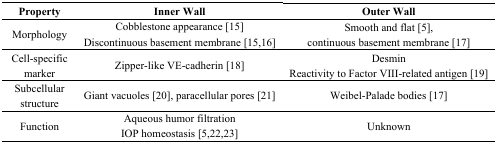
<table><thead><tr><td><b>Property</b></td><td><b>Inner Wall</b></td><td><b>Outer Wall</b></td></tr></thead><tbody><tr><td rowspan="2">Morphology</td><td>Cobblestone appearance [15]</td><td rowspan="2">Smooth and flat [5], continuous basement membrane [17]</td></tr><tr><td>Discontinuous basement membrane [15,16]</td></tr><tr><td rowspan="2">Cell-specific marker</td><td rowspan="2">Zipper-like VE-cadherin [18]</td><td>Desmin</td></tr><tr><td>Reactivity to Factor VIII-related antigen [19]</td></tr><tr><td>Subcellular structure</td><td>Giant vacuoles [20], paracellular pores [21]</td><td>Weibel-Palade bodies [17]</td></tr><tr><td rowspan="2">Function</td><td>Aqueous humor filtration</td><td rowspan="2">Unknown</td></tr><tr><td>IOP homeostasis [5,22,23]</td></tr></tbody></table>